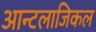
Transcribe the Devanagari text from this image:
आन्टलाजिकल